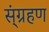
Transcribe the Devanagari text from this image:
स्ंग्रहण